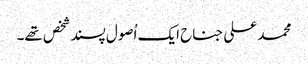
محمد علی جناح ایک اُصول پسند شخص تھے۔